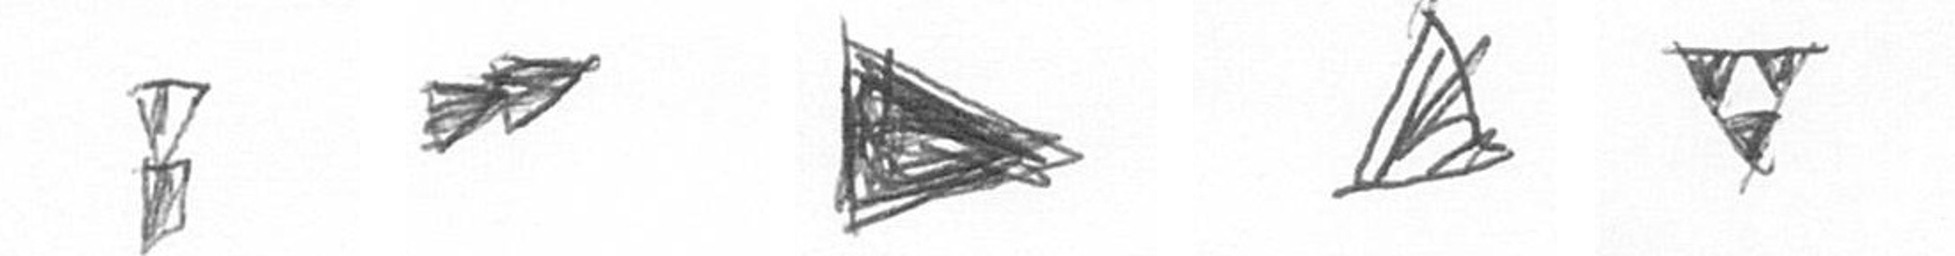
Z A T O S